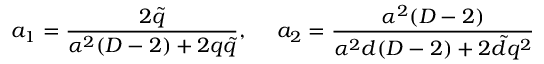
a _ { 1 } = \frac { 2 \tilde { q } } { \alpha ^ { 2 } ( D - 2 ) + 2 q \tilde { q } } , ~ ~ ~ ~ a _ { 2 } = \frac { \alpha ^ { 2 } ( D - 2 ) } { \alpha ^ { 2 } d ( D - 2 ) + 2 \tilde { d } q ^ { 2 } }